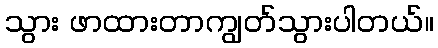
သွား ဖာထားတာကျွတ်သွားပါတယ်။